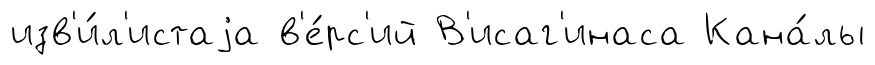
изв'и́л'истаjа в'е́рс'ий В'исаг'инаса Кана́лы